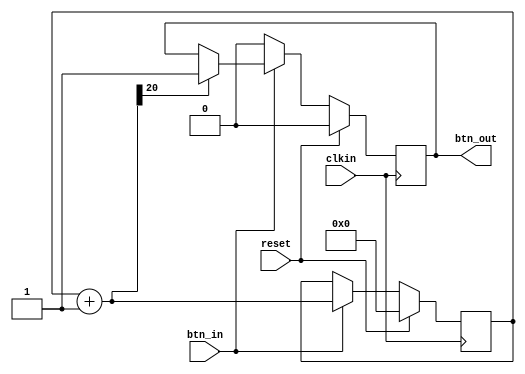
`timescale 1ns / 1ps
//////////////////////////////////////////////////////////////////////////////////
// Company: 
// Engineer: 
// 
// Design Name: 
// Module Name: Debouncer
// Project Name: 
// Target Devices: 
// Tool Versions: 
// Description: 
// 
// Dependencies: 
// 
// Revision:
// Revision 0.01 - File Created
// Additional Comments:
// 
//////////////////////////////////////////////////////////////////////////////////


module Debouncer(btn_in, clkin, reset, btn_out);
input btn_in, clkin, reset;
output btn_out;

reg [20:0] count;
reg state = 0;

always @(posedge clkin)
if(reset == 1)
begin
    count <= 0;
    state <= 0;
end
else if(btn_in == 1)
begin
    count = count + 1;
    if(count[20] == 1)
        state = 1;
end
else
    state = 0;
    
assign btn_out = state;
endmodule